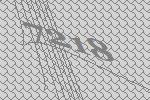
7218